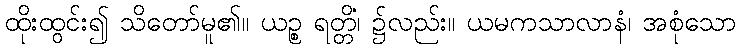
ထိုးထွင်း၍ သိတော်မူ၏။ ယဉ္စ ရတ္တိံ၊ ၌လည်း။ ယမကသာလာနံ၊ အစုံသော